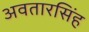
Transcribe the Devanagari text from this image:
अवतारसिंह